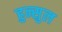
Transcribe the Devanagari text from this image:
हुन्सुल